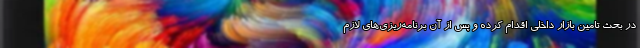
در بحث تامین بازار داخلی اقدام کرده و پس از آن برنامه‌ریزی‌های لازم